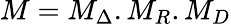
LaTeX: M=M_{\Delta}.M_{R}.M_{D}